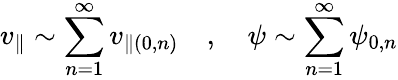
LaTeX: v_{\parallel}\sim\sum_{n=1}^{\infty}v_{\parallel(0,n)}\quad,\quad\psi\sim\sum_{n=1}^{\infty}\psi_{0,n}